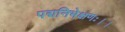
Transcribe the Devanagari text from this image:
पद्मनिभेक्षणः।।